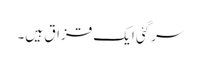
سرگئی ایک قزاق ہیں۔